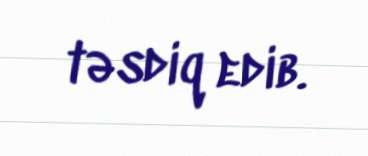
təsdiq edib.